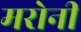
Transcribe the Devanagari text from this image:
मरोनी